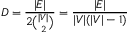
D = { \frac { | E | } { 2 { \binom { | V | } { 2 } } } } = { \frac { | E | } { | V | ( | V | - 1 ) } }